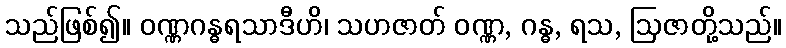
သည်ဖြစ်၍။ ဝဏ္ဏဂန္ဓရသာဒီဟိ၊ သဟဇာတ် ဝဏ္ဏ, ဂန္ဓ, ရသ, ဩဇာတို့သည်။